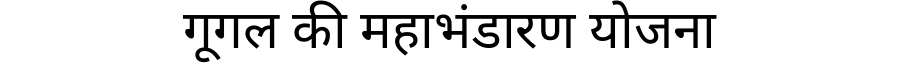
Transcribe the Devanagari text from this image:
गूगल की महाभंडारण योजना